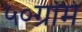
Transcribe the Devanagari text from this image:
५०ग्राम